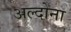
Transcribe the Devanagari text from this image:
अल्दोना